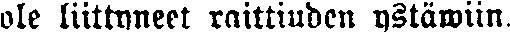
ole liittyneet raittiuden ystäwiin.